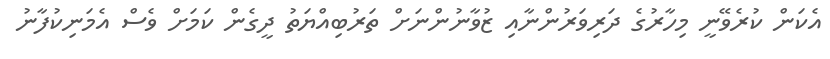
އެކަން ކުރެވޭނީ މިހާރުގެ ދަރިވަރުންނާއި ޒުވާނުންނަށް ތަރުބިއްޔަތު ދީގެން ކަމަށް ވެސް އެމަނިކުފާނު